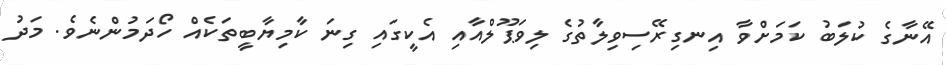
އޭނާގެ ކުލަބު ކަމަށްވާ އިނގިރޭސިވިލާތުގެ ލިވަޕޫލްއާއި އެކީގައި ގިނަ ކާމިޔާބީތަކެއް ހޯދަމުންނެވެ. މަދު